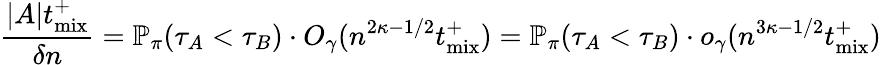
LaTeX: \frac{|A|{t_{\mathrm{mix}}^{+}}}{\delta n}=\mathbb{P}_{\pi}\! \left(\tau_{A}<\tau_{B}\right)\cdot O_{\gamma}(n^{2\kappa-1/2}{t_{\mathrm{mix}}^{+}})=\mathbb{P}_{\pi}\! \left(\tau_{A}<\tau_{B}\right)\cdot o_{\gamma}(n^{3\kappa-1/2}{t_{\mathrm{mix}}^{+}})